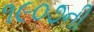
૧૯૦૭ની